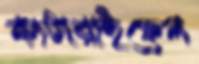
কাটারাইফেল